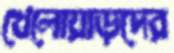
খেলোয়াড়দের